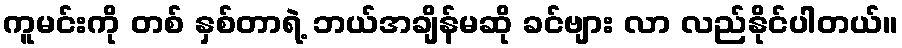
ကူမင်းကို တစ် နှစ်တာရဲ့ ဘယ်အချိန်မဆို ခင်ဗျား လာ လည်နိုင်ပါတယ်။